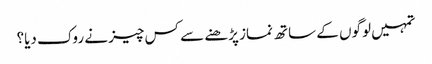
تمہیں لوگوں کے ساتھ نماز پڑھنے سے کس چیز نے روک دیا؟